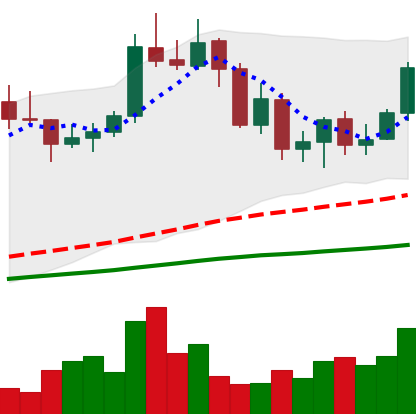
Ticker: NEO-USD
Chart end date: 2020-09-11
Forward return: 3.186%
Label: up_3_5